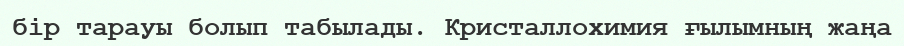
бір тарауы болып табылады. Кристаллохимия ғылымның жаңа